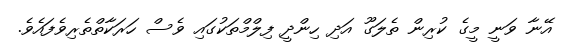
އޭނާ ވަނީ މީގެ ކުރިން ތެލަގޫ އަދި ހިންދީ ފިލްމްތަކުގައި ވެސް ހަރަކާތްތެރިވެފައެވެ.